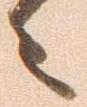
々